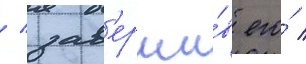
/ зав'ерши́в его́ /